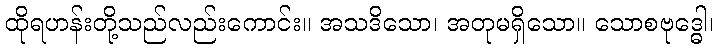
ထိုရဟန်းတို့သည်လည်းကောင်း။ အသဒိသော၊ အတုမရှိသော။ သောစဗုဒ္ဓေါ၊